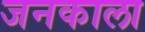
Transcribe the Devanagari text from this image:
जनकाला